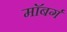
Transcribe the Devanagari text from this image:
माॅबर्ग